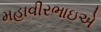
મહાવીરભાઇએ